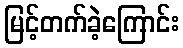
မြင့်တက်ခဲ့ကြောင်း